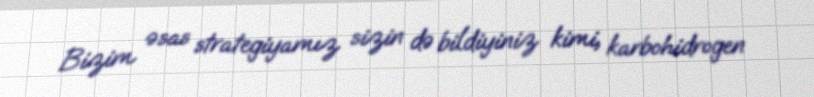
Bizim əsas strategiyamız sizin də bildiyiniz kimi, karbohidrogen